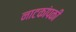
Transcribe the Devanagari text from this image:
नाटकांपकी